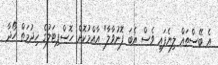
އެ ބޭސްތައް ލިޔެފައި ވެސް އެބަ ފޮނުވާލާ" އާއްމުކޮށް ހޮސްޕިޓަލުގެ ޚިދުމަތް ހޯދާ